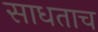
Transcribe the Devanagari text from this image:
साधताच